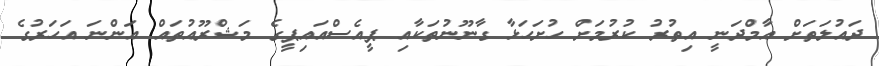
ދައުލަތަށް އާމްދަނީ އިތުރު ކުރުމަށް ހުށަހަޅާ ގާނޫނުތަކާއި ޕީއެސްއައިޕީގެ މަޝްރޫއުތައް އަންނަ އަހަރުގެ